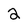
Character: 2